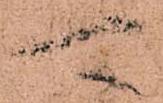
可